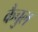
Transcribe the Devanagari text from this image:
कैचुल